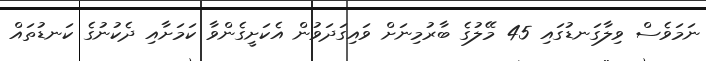
ނަމަވެސް ވިލާގަނޑުގައި 45 މޭލުގެ ބާރުމިނަށް ވައިގަދަވުން އެކަށީގެންވާ ކަމަށާއި ދެކުނުގެ ކަނޑުތައް